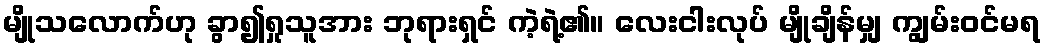
မျိုသလောက်ဟု ခွာ၍ရှုသူအား ဘုရားရှင် ကဲ့ရဲ့၏။ လေးငါးလုပ် မျိုချိန်မျှ ကျွမ်းဝင်မရ